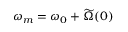
\omega _ { m } = \omega _ { 0 } + \widetilde \Omega ( 0 )